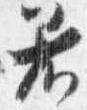
着